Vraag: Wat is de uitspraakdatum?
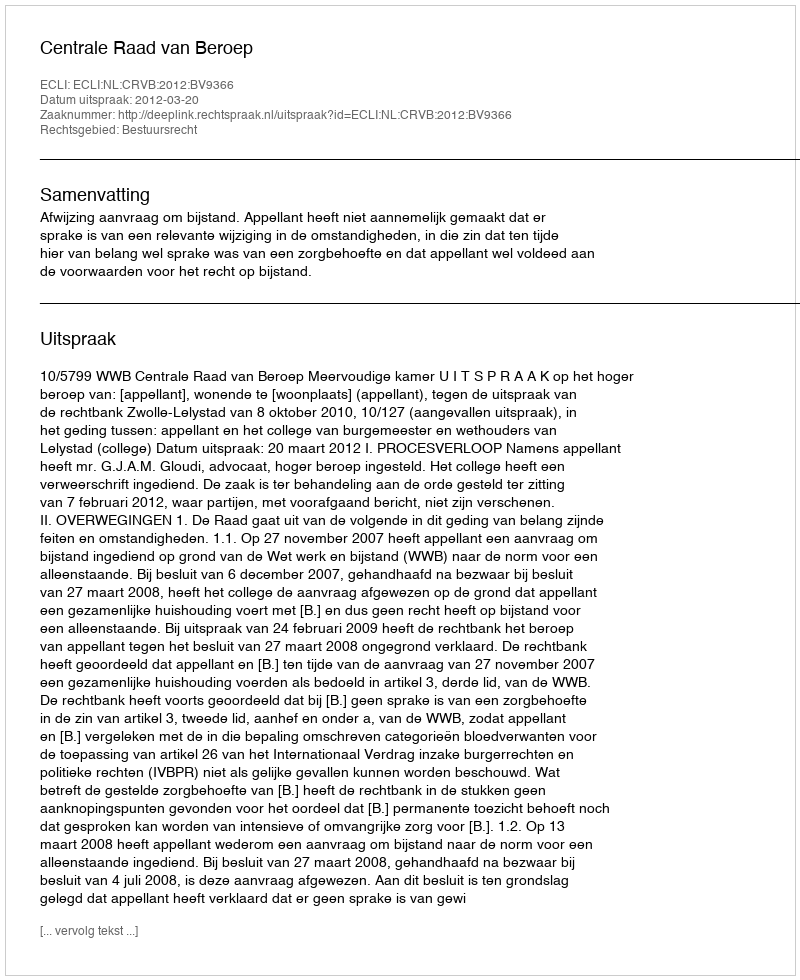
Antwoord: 2012-03-20